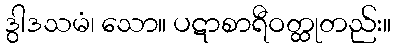
ဒွါဒသမံ၊ သော။ ပဋာစာရီဝတ္ထုတည်း။